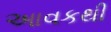
આવકથી